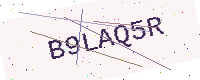
Text: B9LAQ5R